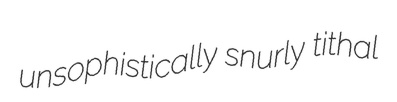
unsophistically snurly tithal